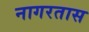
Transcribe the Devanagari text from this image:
नागरतास